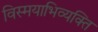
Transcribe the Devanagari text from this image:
विस्मयाभिव्यक्ति